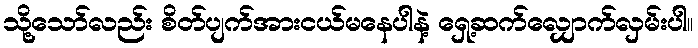
သို့သော်လည်း စိတ်ပျက်အားငယ်မနေပါနဲ့ ရှေ့ဆက်လျှောက်လှမ်းပါ။